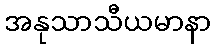
အနုသာသီယမာနာ